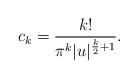
LaTeX: \begin{align*} c_k = \frac{k!}{\pi^k |u|^{\frac{k}{2}+1}}.\end{align*}